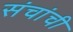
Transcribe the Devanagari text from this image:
संचांची